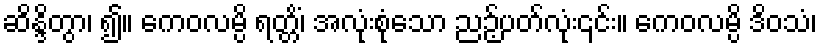
ဆိန္ဒိတွာ၊ ၍။ ကေဝလမ္ပိ ရတ္တိံ၊ အလုံးစုံသော ညဉ့်ပတ်လုံး၎င်း။ ကေဝလမ္ပိ ဒိဝသံ၊